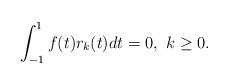
LaTeX: \begin{align*}\int_{-1}^1f(t)r_k(t)dt=0, \,\, k\geq 0.\end{align*}